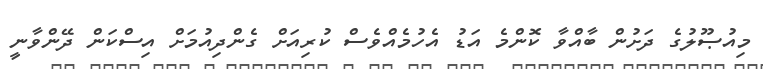
މިއުޞޫލުގެ ދަށުން ބާއްވާ ކޮންމެ އަޑު އެހުމެއްވެސް ކުރިއަށް ގެންދިއުމަށް އިސްކަން ދޭންވާނީ